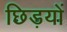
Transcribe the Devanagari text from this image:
छिड़यों